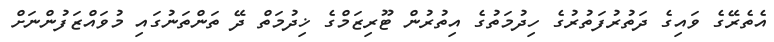
އެތެރޭގެ ވައިގެ ދަތުރުފަތުރުގެ ހިދުމަތުގެ އިތުރުން ޓޫރިޒަމްގެ ޚިދުމަތް ދޭ ތަންތަނުގައި މުވައްޒަފުންނަށް